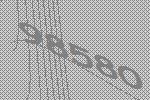
98580